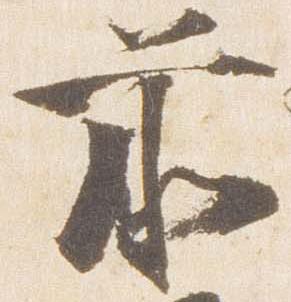
前